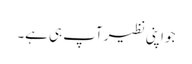
جو اپنی نظیر آپ ہی ہے۔